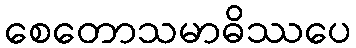
စေတောသမာဓိဿပေ